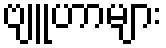
ဗျူဟာများ